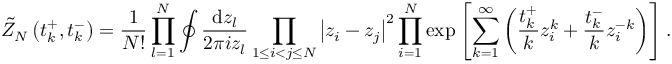
\Tilde { Z } _ { N } \left( t _ { k } ^ { + } , t _ { k } ^ { - } \right) = \frac { 1 } { N ! } \prod _ { l = 1 } ^ { N } \oint \frac { { \mathrm { d } } z _ { l } } { 2 \pi i z _ { l } } \prod _ { 1 \leq i < j \leq N } \left| z _ { i } - z _ { j } \right| ^ { 2 } \prod _ { i = 1 } ^ { N } \exp \left[ \sum _ { k = 1 } ^ { \infty } \left( \frac { t _ { k } ^ { + } } { k } z _ { i } ^ { k } + \frac { t _ { k } ^ { - } } { k } z _ { i } ^ { - k } \right) \right] .